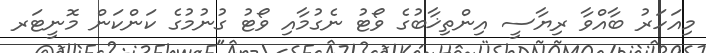
މިއަހަރު ބާއްވާ ރިޔާސީ އިންތިޚާބުގެ ވޯޓު ނެގުމާއި ވޯޓު ގުނުމުގެ ކަންކަން މޮނީޓަރ